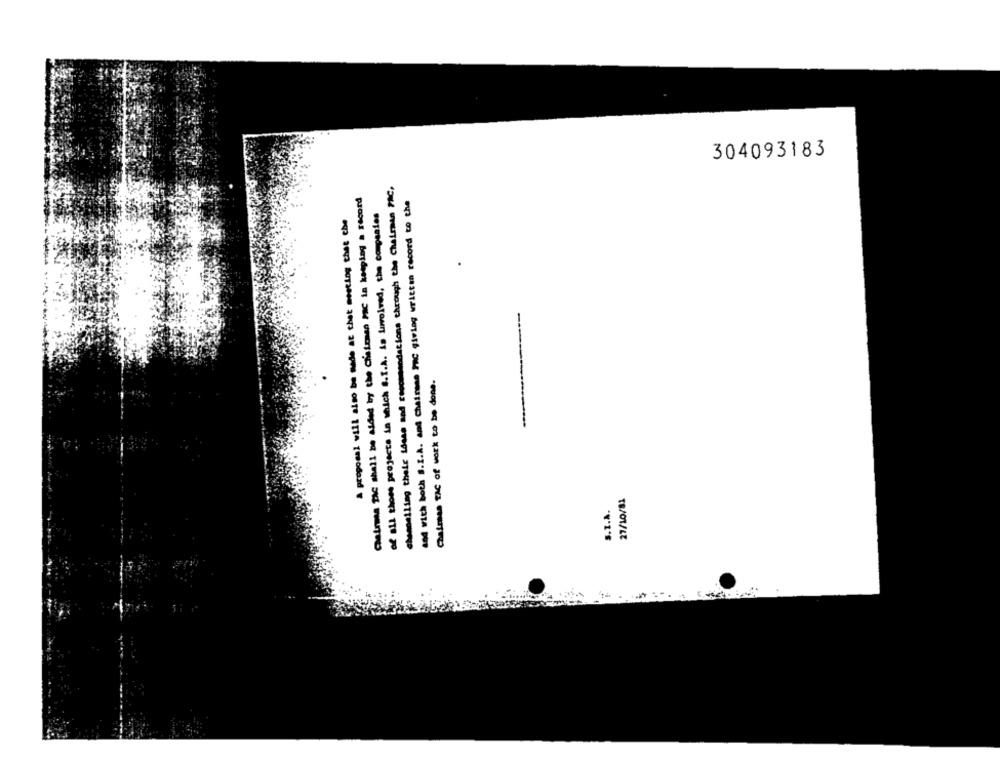
304093183
channelling their ideas and recommendations through the Chairman PAC,
404 With both S.I.A. and chairsse Inc giving written record to che
of all those projects in which S.I.A. is luvolved, the companies
A proposal will also be made at that meeting thet che
Chaimes TAC of work to be done.
S.T.A.